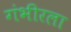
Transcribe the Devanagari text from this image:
गंभीरला